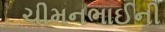
ચીમનભાઈની